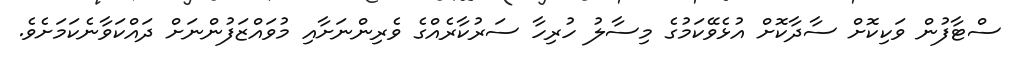
ސްޓާފުން ވަކިކޮށް ސާދާކޮށް އުޅެވޭކަމުގެ މިސާލު ހުރިހާ ސަރުކާރެއްގެ ވެރިންނަށާއި މުވައްޒަފުންނަށް ދައްކަވާނެކަމަށެވެ.